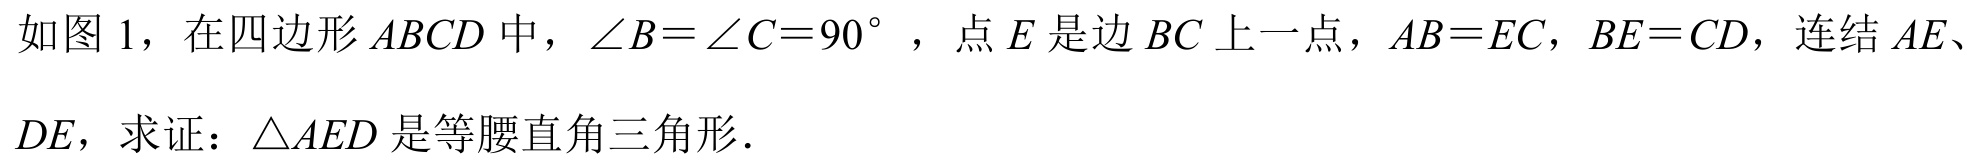
如图 1，在四边形\(ABCD\)中，\(\angle B = \angle C = 90^{\circ}\)，点\(E\)是边\(BC\)上一点，\(AB = EC\)，\(BE = CD\)，连结\(AE\)、
\(DE\)，求证：\(\triangle AED\)是等腰直角三角形.